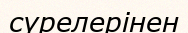
сүрелерінен